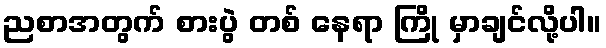
ညစာအတွက် စားပွဲ တစ် နေရာ ကြို မှာချင်လို့ပါ။